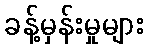
ခန့်မှန်းမှုများ